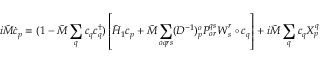
i \tilde { M } \dot { \boldsymbol { c } } _ { p } = ( 1 - \tilde { M } \sum _ { q } \boldsymbol { c } _ { q } \boldsymbol { c } _ { q } ^ { \dagger } ) \left[ \tilde { H } _ { 1 } \boldsymbol { c } _ { p } + \tilde { M } \sum _ { o q r s } ( D ^ { - 1 } ) _ { p } ^ { o } P _ { o r } ^ { q s } \boldsymbol { W } _ { s } ^ { r } \circ \boldsymbol { c } _ { q } \right] + i \tilde { M } \sum _ { q } \boldsymbol { c } _ { q } X _ { p } ^ { q }